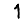
Digit: 1